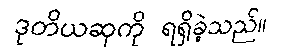
ဒုတိယဆုကို ရရှိခဲ့သည်။